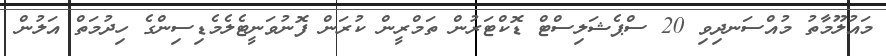
މައުލޫމާތު މުއްސަނދިވި 20 ސްޕެޝަލިސްޓް ޑޮކްޓަރުން ތަމްްރީން ކުރަން ފޮނުވަނީޓެލެމެޑިސިންގެ ހިދުމަތް އަލުން